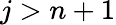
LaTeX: j>n+1